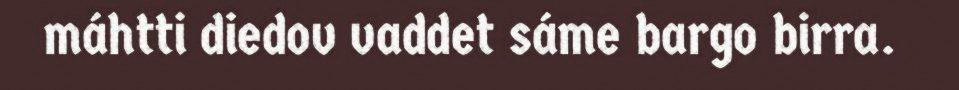
máhtti diedov vaddet sáme bargo birra.